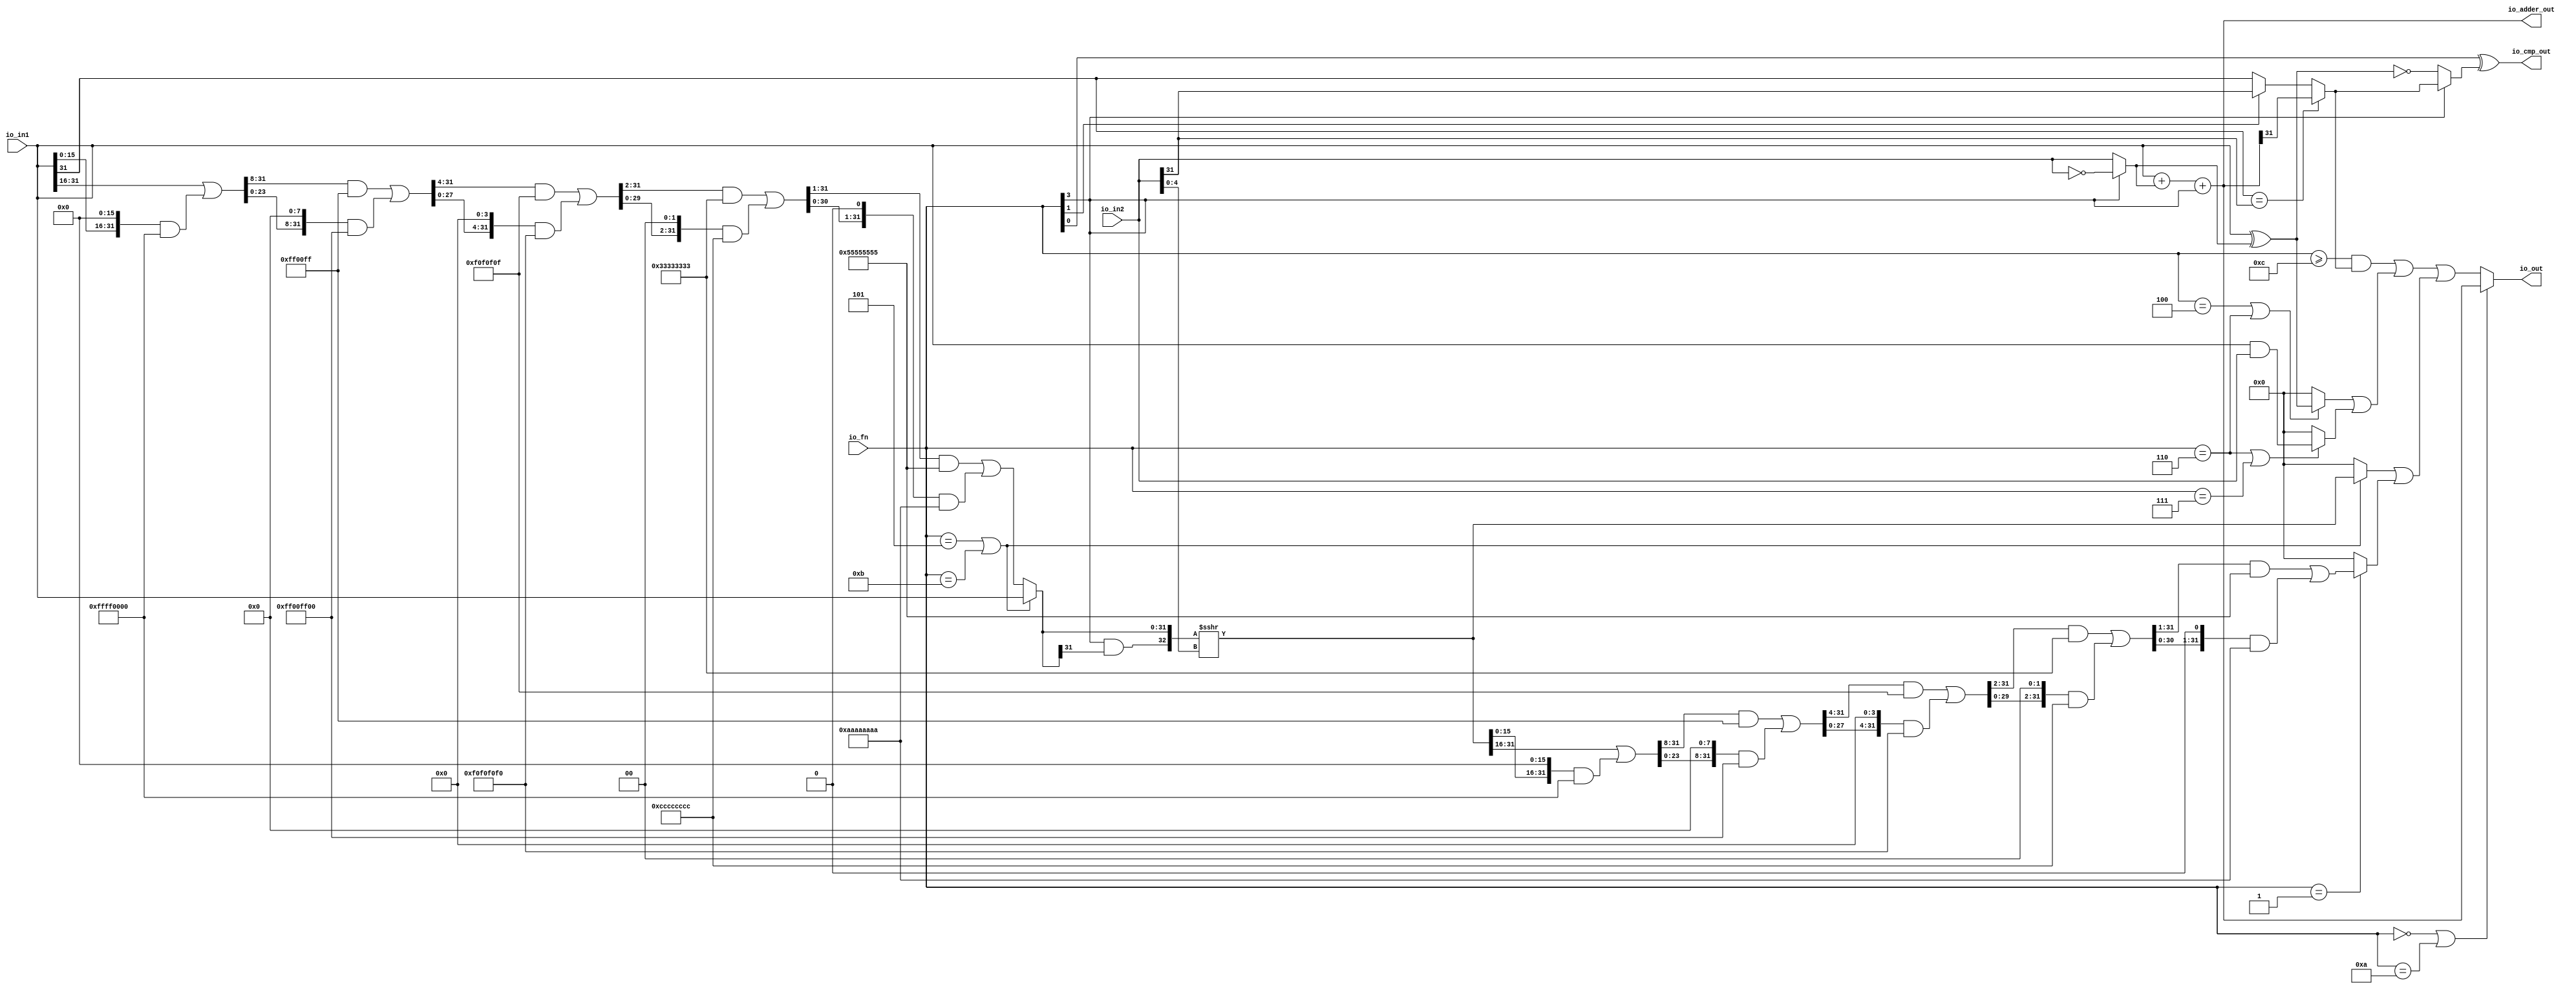
module ALU( // @[:freechips.rocketchip.system.TinyConfig.fir@123304.2]
  input  [3:0]  io_fn, // @[:freechips.rocketchip.system.TinyConfig.fir@123307.4]
  input  [31:0] io_in2, // @[:freechips.rocketchip.system.TinyConfig.fir@123307.4]
  input  [31:0] io_in1, // @[:freechips.rocketchip.system.TinyConfig.fir@123307.4]
  output [31:0] io_out, // @[:freechips.rocketchip.system.TinyConfig.fir@123307.4]
  output [31:0] io_adder_out, // @[:freechips.rocketchip.system.TinyConfig.fir@123307.4]
  output        io_cmp_out // @[:freechips.rocketchip.system.TinyConfig.fir@123307.4]
);
  wire  _T; // @[ALU.scala 40:29:freechips.rocketchip.system.TinyConfig.fir@123312.4]
  wire [31:0] _T_1; // @[ALU.scala 62:35:freechips.rocketchip.system.TinyConfig.fir@123313.4]
  wire [31:0] in2_inv; // @[ALU.scala 62:20:freechips.rocketchip.system.TinyConfig.fir@123314.4]
  wire [31:0] in1_xor_in2; // @[ALU.scala 63:28:freechips.rocketchip.system.TinyConfig.fir@123315.4]
  wire [31:0] _T_3; // @[ALU.scala 64:26:freechips.rocketchip.system.TinyConfig.fir@123317.4]
  wire [31:0] _GEN_0; // @[ALU.scala 64:36:freechips.rocketchip.system.TinyConfig.fir@123319.4]
  wire  _T_7; // @[ALU.scala 68:15:freechips.rocketchip.system.TinyConfig.fir@123322.4]
  wire  _T_8; // @[ALU.scala 68:34:freechips.rocketchip.system.TinyConfig.fir@123323.4]
  wire  _T_9; // @[ALU.scala 68:24:freechips.rocketchip.system.TinyConfig.fir@123324.4]
  wire  _T_10; // @[ALU.scala 68:56:freechips.rocketchip.system.TinyConfig.fir@123325.4]
  wire  _T_11; // @[ALU.scala 42:35:freechips.rocketchip.system.TinyConfig.fir@123326.4]
  wire  _T_14; // @[ALU.scala 69:8:freechips.rocketchip.system.TinyConfig.fir@123329.4]
  wire  slt; // @[ALU.scala 68:8:freechips.rocketchip.system.TinyConfig.fir@123330.4]
  wire  _T_15; // @[ALU.scala 43:35:freechips.rocketchip.system.TinyConfig.fir@123331.4]
  wire  _T_17; // @[ALU.scala 44:26:freechips.rocketchip.system.TinyConfig.fir@123333.4]
  wire  _T_18; // @[ALU.scala 70:68:freechips.rocketchip.system.TinyConfig.fir@123334.4]
  wire  _T_19; // @[ALU.scala 70:41:freechips.rocketchip.system.TinyConfig.fir@123335.4]
  wire [4:0] shamt; // @[ALU.scala 74:28:freechips.rocketchip.system.TinyConfig.fir@123338.4]
  wire  _T_21; // @[ALU.scala 82:24:freechips.rocketchip.system.TinyConfig.fir@123339.4]
  wire  _T_22; // @[ALU.scala 82:44:freechips.rocketchip.system.TinyConfig.fir@123340.4]
  wire  _T_23; // @[ALU.scala 82:35:freechips.rocketchip.system.TinyConfig.fir@123341.4]
  wire [15:0] _T_26; // @[Bitwise.scala 103:21:freechips.rocketchip.system.TinyConfig.fir@123344.4]
  wire [31:0] _T_27; // @[Bitwise.scala 103:31:freechips.rocketchip.system.TinyConfig.fir@123345.4]
  wire [15:0] _T_28; // @[Bitwise.scala 103:46:freechips.rocketchip.system.TinyConfig.fir@123346.4]
  wire [31:0] _T_29; // @[Bitwise.scala 103:65:freechips.rocketchip.system.TinyConfig.fir@123347.4]
  wire [31:0] _T_31; // @[Bitwise.scala 103:75:freechips.rocketchip.system.TinyConfig.fir@123349.4]
  wire [31:0] _T_32; // @[Bitwise.scala 103:39:freechips.rocketchip.system.TinyConfig.fir@123350.4]
  wire [23:0] _T_36; // @[Bitwise.scala 103:21:freechips.rocketchip.system.TinyConfig.fir@123354.4]
  wire [31:0] _GEN_1; // @[Bitwise.scala 103:31:freechips.rocketchip.system.TinyConfig.fir@123355.4]
  wire [31:0] _T_37; // @[Bitwise.scala 103:31:freechips.rocketchip.system.TinyConfig.fir@123355.4]
  wire [23:0] _T_38; // @[Bitwise.scala 103:46:freechips.rocketchip.system.TinyConfig.fir@123356.4]
  wire [31:0] _T_39; // @[Bitwise.scala 103:65:freechips.rocketchip.system.TinyConfig.fir@123357.4]
  wire [31:0] _T_41; // @[Bitwise.scala 103:75:freechips.rocketchip.system.TinyConfig.fir@123359.4]
  wire [31:0] _T_42; // @[Bitwise.scala 103:39:freechips.rocketchip.system.TinyConfig.fir@123360.4]
  wire [27:0] _T_46; // @[Bitwise.scala 103:21:freechips.rocketchip.system.TinyConfig.fir@123364.4]
  wire [31:0] _GEN_2; // @[Bitwise.scala 103:31:freechips.rocketchip.system.TinyConfig.fir@123365.4]
  wire [31:0] _T_47; // @[Bitwise.scala 103:31:freechips.rocketchip.system.TinyConfig.fir@123365.4]
  wire [27:0] _T_48; // @[Bitwise.scala 103:46:freechips.rocketchip.system.TinyConfig.fir@123366.4]
  wire [31:0] _T_49; // @[Bitwise.scala 103:65:freechips.rocketchip.system.TinyConfig.fir@123367.4]
  wire [31:0] _T_51; // @[Bitwise.scala 103:75:freechips.rocketchip.system.TinyConfig.fir@123369.4]
  wire [31:0] _T_52; // @[Bitwise.scala 103:39:freechips.rocketchip.system.TinyConfig.fir@123370.4]
  wire [29:0] _T_56; // @[Bitwise.scala 103:21:freechips.rocketchip.system.TinyConfig.fir@123374.4]
  wire [31:0] _GEN_3; // @[Bitwise.scala 103:31:freechips.rocketchip.system.TinyConfig.fir@123375.4]
  wire [31:0] _T_57; // @[Bitwise.scala 103:31:freechips.rocketchip.system.TinyConfig.fir@123375.4]
  wire [29:0] _T_58; // @[Bitwise.scala 103:46:freechips.rocketchip.system.TinyConfig.fir@123376.4]
  wire [31:0] _T_59; // @[Bitwise.scala 103:65:freechips.rocketchip.system.TinyConfig.fir@123377.4]
  wire [31:0] _T_61; // @[Bitwise.scala 103:75:freechips.rocketchip.system.TinyConfig.fir@123379.4]
  wire [31:0] _T_62; // @[Bitwise.scala 103:39:freechips.rocketchip.system.TinyConfig.fir@123380.4]
  wire [30:0] _T_66; // @[Bitwise.scala 103:21:freechips.rocketchip.system.TinyConfig.fir@123384.4]
  wire [31:0] _GEN_4; // @[Bitwise.scala 103:31:freechips.rocketchip.system.TinyConfig.fir@123385.4]
  wire [31:0] _T_67; // @[Bitwise.scala 103:31:freechips.rocketchip.system.TinyConfig.fir@123385.4]
  wire [30:0] _T_68; // @[Bitwise.scala 103:46:freechips.rocketchip.system.TinyConfig.fir@123386.4]
  wire [31:0] _T_69; // @[Bitwise.scala 103:65:freechips.rocketchip.system.TinyConfig.fir@123387.4]
  wire [31:0] _T_71; // @[Bitwise.scala 103:75:freechips.rocketchip.system.TinyConfig.fir@123389.4]
  wire [31:0] _T_72; // @[Bitwise.scala 103:39:freechips.rocketchip.system.TinyConfig.fir@123390.4]
  wire [31:0] shin; // @[ALU.scala 82:17:freechips.rocketchip.system.TinyConfig.fir@123391.4]
  wire  _T_74; // @[ALU.scala 83:41:freechips.rocketchip.system.TinyConfig.fir@123393.4]
  wire  _T_75; // @[ALU.scala 83:35:freechips.rocketchip.system.TinyConfig.fir@123394.4]
  wire [32:0] _T_76; // @[Cat.scala 30:58:freechips.rocketchip.system.TinyConfig.fir@123395.4]
  wire [32:0] _T_77; // @[ALU.scala 83:57:freechips.rocketchip.system.TinyConfig.fir@123396.4]
  wire [32:0] _T_78; // @[ALU.scala 83:64:freechips.rocketchip.system.TinyConfig.fir@123397.4]
  wire [31:0] shout_r; // @[ALU.scala 83:73:freechips.rocketchip.system.TinyConfig.fir@123398.4]
  wire [15:0] _T_81; // @[Bitwise.scala 103:21:freechips.rocketchip.system.TinyConfig.fir@123401.4]
  wire [31:0] _T_82; // @[Bitwise.scala 103:31:freechips.rocketchip.system.TinyConfig.fir@123402.4]
  wire [15:0] _T_83; // @[Bitwise.scala 103:46:freechips.rocketchip.system.TinyConfig.fir@123403.4]
  wire [31:0] _T_84; // @[Bitwise.scala 103:65:freechips.rocketchip.system.TinyConfig.fir@123404.4]
  wire [31:0] _T_86; // @[Bitwise.scala 103:75:freechips.rocketchip.system.TinyConfig.fir@123406.4]
  wire [31:0] _T_87; // @[Bitwise.scala 103:39:freechips.rocketchip.system.TinyConfig.fir@123407.4]
  wire [23:0] _T_91; // @[Bitwise.scala 103:21:freechips.rocketchip.system.TinyConfig.fir@123411.4]
  wire [31:0] _GEN_5; // @[Bitwise.scala 103:31:freechips.rocketchip.system.TinyConfig.fir@123412.4]
  wire [31:0] _T_92; // @[Bitwise.scala 103:31:freechips.rocketchip.system.TinyConfig.fir@123412.4]
  wire [23:0] _T_93; // @[Bitwise.scala 103:46:freechips.rocketchip.system.TinyConfig.fir@123413.4]
  wire [31:0] _T_94; // @[Bitwise.scala 103:65:freechips.rocketchip.system.TinyConfig.fir@123414.4]
  wire [31:0] _T_96; // @[Bitwise.scala 103:75:freechips.rocketchip.system.TinyConfig.fir@123416.4]
  wire [31:0] _T_97; // @[Bitwise.scala 103:39:freechips.rocketchip.system.TinyConfig.fir@123417.4]
  wire [27:0] _T_101; // @[Bitwise.scala 103:21:freechips.rocketchip.system.TinyConfig.fir@123421.4]
  wire [31:0] _GEN_6; // @[Bitwise.scala 103:31:freechips.rocketchip.system.TinyConfig.fir@123422.4]
  wire [31:0] _T_102; // @[Bitwise.scala 103:31:freechips.rocketchip.system.TinyConfig.fir@123422.4]
  wire [27:0] _T_103; // @[Bitwise.scala 103:46:freechips.rocketchip.system.TinyConfig.fir@123423.4]
  wire [31:0] _T_104; // @[Bitwise.scala 103:65:freechips.rocketchip.system.TinyConfig.fir@123424.4]
  wire [31:0] _T_106; // @[Bitwise.scala 103:75:freechips.rocketchip.system.TinyConfig.fir@123426.4]
  wire [31:0] _T_107; // @[Bitwise.scala 103:39:freechips.rocketchip.system.TinyConfig.fir@123427.4]
  wire [29:0] _T_111; // @[Bitwise.scala 103:21:freechips.rocketchip.system.TinyConfig.fir@123431.4]
  wire [31:0] _GEN_7; // @[Bitwise.scala 103:31:freechips.rocketchip.system.TinyConfig.fir@123432.4]
  wire [31:0] _T_112; // @[Bitwise.scala 103:31:freechips.rocketchip.system.TinyConfig.fir@123432.4]
  wire [29:0] _T_113; // @[Bitwise.scala 103:46:freechips.rocketchip.system.TinyConfig.fir@123433.4]
  wire [31:0] _T_114; // @[Bitwise.scala 103:65:freechips.rocketchip.system.TinyConfig.fir@123434.4]
  wire [31:0] _T_116; // @[Bitwise.scala 103:75:freechips.rocketchip.system.TinyConfig.fir@123436.4]
  wire [31:0] _T_117; // @[Bitwise.scala 103:39:freechips.rocketchip.system.TinyConfig.fir@123437.4]
  wire [30:0] _T_121; // @[Bitwise.scala 103:21:freechips.rocketchip.system.TinyConfig.fir@123441.4]
  wire [31:0] _GEN_8; // @[Bitwise.scala 103:31:freechips.rocketchip.system.TinyConfig.fir@123442.4]
  wire [31:0] _T_122; // @[Bitwise.scala 103:31:freechips.rocketchip.system.TinyConfig.fir@123442.4]
  wire [30:0] _T_123; // @[Bitwise.scala 103:46:freechips.rocketchip.system.TinyConfig.fir@123443.4]
  wire [31:0] _T_124; // @[Bitwise.scala 103:65:freechips.rocketchip.system.TinyConfig.fir@123444.4]
  wire [31:0] _T_126; // @[Bitwise.scala 103:75:freechips.rocketchip.system.TinyConfig.fir@123446.4]
  wire [31:0] shout_l; // @[Bitwise.scala 103:39:freechips.rocketchip.system.TinyConfig.fir@123447.4]
  wire [31:0] _T_130; // @[ALU.scala 85:18:freechips.rocketchip.system.TinyConfig.fir@123451.4]
  wire  _T_131; // @[ALU.scala 86:25:freechips.rocketchip.system.TinyConfig.fir@123452.4]
  wire [31:0] _T_132; // @[ALU.scala 86:18:freechips.rocketchip.system.TinyConfig.fir@123453.4]
  wire [31:0] shout; // @[ALU.scala 85:74:freechips.rocketchip.system.TinyConfig.fir@123454.4]
  wire  _T_133; // @[ALU.scala 89:25:freechips.rocketchip.system.TinyConfig.fir@123455.4]
  wire  _T_134; // @[ALU.scala 89:45:freechips.rocketchip.system.TinyConfig.fir@123456.4]
  wire  _T_135; // @[ALU.scala 89:36:freechips.rocketchip.system.TinyConfig.fir@123457.4]
  wire [31:0] _T_136; // @[ALU.scala 89:18:freechips.rocketchip.system.TinyConfig.fir@123458.4]
  wire  _T_138; // @[ALU.scala 90:44:freechips.rocketchip.system.TinyConfig.fir@123460.4]
  wire  _T_139; // @[ALU.scala 90:35:freechips.rocketchip.system.TinyConfig.fir@123461.4]
  wire [31:0] _T_140; // @[ALU.scala 90:63:freechips.rocketchip.system.TinyConfig.fir@123462.4]
  wire [31:0] _T_141; // @[ALU.scala 90:18:freechips.rocketchip.system.TinyConfig.fir@123463.4]
  wire [31:0] logic_; // @[ALU.scala 89:78:freechips.rocketchip.system.TinyConfig.fir@123464.4]
  wire  _T_142; // @[ALU.scala 41:30:freechips.rocketchip.system.TinyConfig.fir@123465.4]
  wire  _T_143; // @[ALU.scala 91:35:freechips.rocketchip.system.TinyConfig.fir@123466.4]
  wire [31:0] _GEN_9; // @[ALU.scala 91:43:freechips.rocketchip.system.TinyConfig.fir@123467.4]
  wire [31:0] _T_144; // @[ALU.scala 91:43:freechips.rocketchip.system.TinyConfig.fir@123467.4]
  wire [31:0] shift_logic; // @[ALU.scala 91:51:freechips.rocketchip.system.TinyConfig.fir@123468.4]
  wire  _T_145; // @[ALU.scala 92:23:freechips.rocketchip.system.TinyConfig.fir@123469.4]
  wire  _T_146; // @[ALU.scala 92:43:freechips.rocketchip.system.TinyConfig.fir@123470.4]
  wire  _T_147; // @[ALU.scala 92:34:freechips.rocketchip.system.TinyConfig.fir@123471.4]
  assign _T = io_fn[3]; // @[ALU.scala 40:29:freechips.rocketchip.system.TinyConfig.fir@123312.4]
  assign _T_1 = ~ io_in2; // @[ALU.scala 62:35:freechips.rocketchip.system.TinyConfig.fir@123313.4]
  assign in2_inv = _T ? _T_1 : io_in2; // @[ALU.scala 62:20:freechips.rocketchip.system.TinyConfig.fir@123314.4]
  assign in1_xor_in2 = io_in1 ^ in2_inv; // @[ALU.scala 63:28:freechips.rocketchip.system.TinyConfig.fir@123315.4]
  assign _T_3 = io_in1 + in2_inv; // @[ALU.scala 64:26:freechips.rocketchip.system.TinyConfig.fir@123317.4]
  assign _GEN_0 = {{31'd0}, _T}; // @[ALU.scala 64:36:freechips.rocketchip.system.TinyConfig.fir@123319.4]
  assign _T_7 = io_in1[31]; // @[ALU.scala 68:15:freechips.rocketchip.system.TinyConfig.fir@123322.4]
  assign _T_8 = io_in2[31]; // @[ALU.scala 68:34:freechips.rocketchip.system.TinyConfig.fir@123323.4]
  assign _T_9 = _T_7 == _T_8; // @[ALU.scala 68:24:freechips.rocketchip.system.TinyConfig.fir@123324.4]
  assign _T_10 = io_adder_out[31]; // @[ALU.scala 68:56:freechips.rocketchip.system.TinyConfig.fir@123325.4]
  assign _T_11 = io_fn[1]; // @[ALU.scala 42:35:freechips.rocketchip.system.TinyConfig.fir@123326.4]
  assign _T_14 = _T_11 ? _T_8 : _T_7; // @[ALU.scala 69:8:freechips.rocketchip.system.TinyConfig.fir@123329.4]
  assign slt = _T_9 ? _T_10 : _T_14; // @[ALU.scala 68:8:freechips.rocketchip.system.TinyConfig.fir@123330.4]
  assign _T_15 = io_fn[0]; // @[ALU.scala 43:35:freechips.rocketchip.system.TinyConfig.fir@123331.4]
  assign _T_17 = _T == 1'h0; // @[ALU.scala 44:26:freechips.rocketchip.system.TinyConfig.fir@123333.4]
  assign _T_18 = in1_xor_in2 == 32'h0; // @[ALU.scala 70:68:freechips.rocketchip.system.TinyConfig.fir@123334.4]
  assign _T_19 = _T_17 ? _T_18 : slt; // @[ALU.scala 70:41:freechips.rocketchip.system.TinyConfig.fir@123335.4]
  assign shamt = io_in2[4:0]; // @[ALU.scala 74:28:freechips.rocketchip.system.TinyConfig.fir@123338.4]
  assign _T_21 = io_fn == 4'h5; // @[ALU.scala 82:24:freechips.rocketchip.system.TinyConfig.fir@123339.4]
  assign _T_22 = io_fn == 4'hb; // @[ALU.scala 82:44:freechips.rocketchip.system.TinyConfig.fir@123340.4]
  assign _T_23 = _T_21 | _T_22; // @[ALU.scala 82:35:freechips.rocketchip.system.TinyConfig.fir@123341.4]
  assign _T_26 = io_in1[31:16]; // @[Bitwise.scala 103:21:freechips.rocketchip.system.TinyConfig.fir@123344.4]
  assign _T_27 = {{16'd0}, _T_26}; // @[Bitwise.scala 103:31:freechips.rocketchip.system.TinyConfig.fir@123345.4]
  assign _T_28 = io_in1[15:0]; // @[Bitwise.scala 103:46:freechips.rocketchip.system.TinyConfig.fir@123346.4]
  assign _T_29 = {_T_28, 16'h0}; // @[Bitwise.scala 103:65:freechips.rocketchip.system.TinyConfig.fir@123347.4]
  assign _T_31 = _T_29 & 32'hffff0000; // @[Bitwise.scala 103:75:freechips.rocketchip.system.TinyConfig.fir@123349.4]
  assign _T_32 = _T_27 | _T_31; // @[Bitwise.scala 103:39:freechips.rocketchip.system.TinyConfig.fir@123350.4]
  assign _T_36 = _T_32[31:8]; // @[Bitwise.scala 103:21:freechips.rocketchip.system.TinyConfig.fir@123354.4]
  assign _GEN_1 = {{8'd0}, _T_36}; // @[Bitwise.scala 103:31:freechips.rocketchip.system.TinyConfig.fir@123355.4]
  assign _T_37 = _GEN_1 & 32'hff00ff; // @[Bitwise.scala 103:31:freechips.rocketchip.system.TinyConfig.fir@123355.4]
  assign _T_38 = _T_32[23:0]; // @[Bitwise.scala 103:46:freechips.rocketchip.system.TinyConfig.fir@123356.4]
  assign _T_39 = {_T_38, 8'h0}; // @[Bitwise.scala 103:65:freechips.rocketchip.system.TinyConfig.fir@123357.4]
  assign _T_41 = _T_39 & 32'hff00ff00; // @[Bitwise.scala 103:75:freechips.rocketchip.system.TinyConfig.fir@123359.4]
  assign _T_42 = _T_37 | _T_41; // @[Bitwise.scala 103:39:freechips.rocketchip.system.TinyConfig.fir@123360.4]
  assign _T_46 = _T_42[31:4]; // @[Bitwise.scala 103:21:freechips.rocketchip.system.TinyConfig.fir@123364.4]
  assign _GEN_2 = {{4'd0}, _T_46}; // @[Bitwise.scala 103:31:freechips.rocketchip.system.TinyConfig.fir@123365.4]
  assign _T_47 = _GEN_2 & 32'hf0f0f0f; // @[Bitwise.scala 103:31:freechips.rocketchip.system.TinyConfig.fir@123365.4]
  assign _T_48 = _T_42[27:0]; // @[Bitwise.scala 103:46:freechips.rocketchip.system.TinyConfig.fir@123366.4]
  assign _T_49 = {_T_48, 4'h0}; // @[Bitwise.scala 103:65:freechips.rocketchip.system.TinyConfig.fir@123367.4]
  assign _T_51 = _T_49 & 32'hf0f0f0f0; // @[Bitwise.scala 103:75:freechips.rocketchip.system.TinyConfig.fir@123369.4]
  assign _T_52 = _T_47 | _T_51; // @[Bitwise.scala 103:39:freechips.rocketchip.system.TinyConfig.fir@123370.4]
  assign _T_56 = _T_52[31:2]; // @[Bitwise.scala 103:21:freechips.rocketchip.system.TinyConfig.fir@123374.4]
  assign _GEN_3 = {{2'd0}, _T_56}; // @[Bitwise.scala 103:31:freechips.rocketchip.system.TinyConfig.fir@123375.4]
  assign _T_57 = _GEN_3 & 32'h33333333; // @[Bitwise.scala 103:31:freechips.rocketchip.system.TinyConfig.fir@123375.4]
  assign _T_58 = _T_52[29:0]; // @[Bitwise.scala 103:46:freechips.rocketchip.system.TinyConfig.fir@123376.4]
  assign _T_59 = {_T_58, 2'h0}; // @[Bitwise.scala 103:65:freechips.rocketchip.system.TinyConfig.fir@123377.4]
  assign _T_61 = _T_59 & 32'hcccccccc; // @[Bitwise.scala 103:75:freechips.rocketchip.system.TinyConfig.fir@123379.4]
  assign _T_62 = _T_57 | _T_61; // @[Bitwise.scala 103:39:freechips.rocketchip.system.TinyConfig.fir@123380.4]
  assign _T_66 = _T_62[31:1]; // @[Bitwise.scala 103:21:freechips.rocketchip.system.TinyConfig.fir@123384.4]
  assign _GEN_4 = {{1'd0}, _T_66}; // @[Bitwise.scala 103:31:freechips.rocketchip.system.TinyConfig.fir@123385.4]
  assign _T_67 = _GEN_4 & 32'h55555555; // @[Bitwise.scala 103:31:freechips.rocketchip.system.TinyConfig.fir@123385.4]
  assign _T_68 = _T_62[30:0]; // @[Bitwise.scala 103:46:freechips.rocketchip.system.TinyConfig.fir@123386.4]
  assign _T_69 = {_T_68, 1'h0}; // @[Bitwise.scala 103:65:freechips.rocketchip.system.TinyConfig.fir@123387.4]
  assign _T_71 = _T_69 & 32'haaaaaaaa; // @[Bitwise.scala 103:75:freechips.rocketchip.system.TinyConfig.fir@123389.4]
  assign _T_72 = _T_67 | _T_71; // @[Bitwise.scala 103:39:freechips.rocketchip.system.TinyConfig.fir@123390.4]
  assign shin = _T_23 ? io_in1 : _T_72; // @[ALU.scala 82:17:freechips.rocketchip.system.TinyConfig.fir@123391.4]
  assign _T_74 = shin[31]; // @[ALU.scala 83:41:freechips.rocketchip.system.TinyConfig.fir@123393.4]
  assign _T_75 = _T & _T_74; // @[ALU.scala 83:35:freechips.rocketchip.system.TinyConfig.fir@123394.4]
  assign _T_76 = {_T_75,shin}; // @[Cat.scala 30:58:freechips.rocketchip.system.TinyConfig.fir@123395.4]
  assign _T_77 = $signed(_T_76); // @[ALU.scala 83:57:freechips.rocketchip.system.TinyConfig.fir@123396.4]
  assign _T_78 = $signed(_T_77) >>> shamt; // @[ALU.scala 83:64:freechips.rocketchip.system.TinyConfig.fir@123397.4]
  assign shout_r = _T_78[31:0]; // @[ALU.scala 83:73:freechips.rocketchip.system.TinyConfig.fir@123398.4]
  assign _T_81 = shout_r[31:16]; // @[Bitwise.scala 103:21:freechips.rocketchip.system.TinyConfig.fir@123401.4]
  assign _T_82 = {{16'd0}, _T_81}; // @[Bitwise.scala 103:31:freechips.rocketchip.system.TinyConfig.fir@123402.4]
  assign _T_83 = shout_r[15:0]; // @[Bitwise.scala 103:46:freechips.rocketchip.system.TinyConfig.fir@123403.4]
  assign _T_84 = {_T_83, 16'h0}; // @[Bitwise.scala 103:65:freechips.rocketchip.system.TinyConfig.fir@123404.4]
  assign _T_86 = _T_84 & 32'hffff0000; // @[Bitwise.scala 103:75:freechips.rocketchip.system.TinyConfig.fir@123406.4]
  assign _T_87 = _T_82 | _T_86; // @[Bitwise.scala 103:39:freechips.rocketchip.system.TinyConfig.fir@123407.4]
  assign _T_91 = _T_87[31:8]; // @[Bitwise.scala 103:21:freechips.rocketchip.system.TinyConfig.fir@123411.4]
  assign _GEN_5 = {{8'd0}, _T_91}; // @[Bitwise.scala 103:31:freechips.rocketchip.system.TinyConfig.fir@123412.4]
  assign _T_92 = _GEN_5 & 32'hff00ff; // @[Bitwise.scala 103:31:freechips.rocketchip.system.TinyConfig.fir@123412.4]
  assign _T_93 = _T_87[23:0]; // @[Bitwise.scala 103:46:freechips.rocketchip.system.TinyConfig.fir@123413.4]
  assign _T_94 = {_T_93, 8'h0}; // @[Bitwise.scala 103:65:freechips.rocketchip.system.TinyConfig.fir@123414.4]
  assign _T_96 = _T_94 & 32'hff00ff00; // @[Bitwise.scala 103:75:freechips.rocketchip.system.TinyConfig.fir@123416.4]
  assign _T_97 = _T_92 | _T_96; // @[Bitwise.scala 103:39:freechips.rocketchip.system.TinyConfig.fir@123417.4]
  assign _T_101 = _T_97[31:4]; // @[Bitwise.scala 103:21:freechips.rocketchip.system.TinyConfig.fir@123421.4]
  assign _GEN_6 = {{4'd0}, _T_101}; // @[Bitwise.scala 103:31:freechips.rocketchip.system.TinyConfig.fir@123422.4]
  assign _T_102 = _GEN_6 & 32'hf0f0f0f; // @[Bitwise.scala 103:31:freechips.rocketchip.system.TinyConfig.fir@123422.4]
  assign _T_103 = _T_97[27:0]; // @[Bitwise.scala 103:46:freechips.rocketchip.system.TinyConfig.fir@123423.4]
  assign _T_104 = {_T_103, 4'h0}; // @[Bitwise.scala 103:65:freechips.rocketchip.system.TinyConfig.fir@123424.4]
  assign _T_106 = _T_104 & 32'hf0f0f0f0; // @[Bitwise.scala 103:75:freechips.rocketchip.system.TinyConfig.fir@123426.4]
  assign _T_107 = _T_102 | _T_106; // @[Bitwise.scala 103:39:freechips.rocketchip.system.TinyConfig.fir@123427.4]
  assign _T_111 = _T_107[31:2]; // @[Bitwise.scala 103:21:freechips.rocketchip.system.TinyConfig.fir@123431.4]
  assign _GEN_7 = {{2'd0}, _T_111}; // @[Bitwise.scala 103:31:freechips.rocketchip.system.TinyConfig.fir@123432.4]
  assign _T_112 = _GEN_7 & 32'h33333333; // @[Bitwise.scala 103:31:freechips.rocketchip.system.TinyConfig.fir@123432.4]
  assign _T_113 = _T_107[29:0]; // @[Bitwise.scala 103:46:freechips.rocketchip.system.TinyConfig.fir@123433.4]
  assign _T_114 = {_T_113, 2'h0}; // @[Bitwise.scala 103:65:freechips.rocketchip.system.TinyConfig.fir@123434.4]
  assign _T_116 = _T_114 & 32'hcccccccc; // @[Bitwise.scala 103:75:freechips.rocketchip.system.TinyConfig.fir@123436.4]
  assign _T_117 = _T_112 | _T_116; // @[Bitwise.scala 103:39:freechips.rocketchip.system.TinyConfig.fir@123437.4]
  assign _T_121 = _T_117[31:1]; // @[Bitwise.scala 103:21:freechips.rocketchip.system.TinyConfig.fir@123441.4]
  assign _GEN_8 = {{1'd0}, _T_121}; // @[Bitwise.scala 103:31:freechips.rocketchip.system.TinyConfig.fir@123442.4]
  assign _T_122 = _GEN_8 & 32'h55555555; // @[Bitwise.scala 103:31:freechips.rocketchip.system.TinyConfig.fir@123442.4]
  assign _T_123 = _T_117[30:0]; // @[Bitwise.scala 103:46:freechips.rocketchip.system.TinyConfig.fir@123443.4]
  assign _T_124 = {_T_123, 1'h0}; // @[Bitwise.scala 103:65:freechips.rocketchip.system.TinyConfig.fir@123444.4]
  assign _T_126 = _T_124 & 32'haaaaaaaa; // @[Bitwise.scala 103:75:freechips.rocketchip.system.TinyConfig.fir@123446.4]
  assign shout_l = _T_122 | _T_126; // @[Bitwise.scala 103:39:freechips.rocketchip.system.TinyConfig.fir@123447.4]
  assign _T_130 = _T_23 ? shout_r : 32'h0; // @[ALU.scala 85:18:freechips.rocketchip.system.TinyConfig.fir@123451.4]
  assign _T_131 = io_fn == 4'h1; // @[ALU.scala 86:25:freechips.rocketchip.system.TinyConfig.fir@123452.4]
  assign _T_132 = _T_131 ? shout_l : 32'h0; // @[ALU.scala 86:18:freechips.rocketchip.system.TinyConfig.fir@123453.4]
  assign shout = _T_130 | _T_132; // @[ALU.scala 85:74:freechips.rocketchip.system.TinyConfig.fir@123454.4]
  assign _T_133 = io_fn == 4'h4; // @[ALU.scala 89:25:freechips.rocketchip.system.TinyConfig.fir@123455.4]
  assign _T_134 = io_fn == 4'h6; // @[ALU.scala 89:45:freechips.rocketchip.system.TinyConfig.fir@123456.4]
  assign _T_135 = _T_133 | _T_134; // @[ALU.scala 89:36:freechips.rocketchip.system.TinyConfig.fir@123457.4]
  assign _T_136 = _T_135 ? in1_xor_in2 : 32'h0; // @[ALU.scala 89:18:freechips.rocketchip.system.TinyConfig.fir@123458.4]
  assign _T_138 = io_fn == 4'h7; // @[ALU.scala 90:44:freechips.rocketchip.system.TinyConfig.fir@123460.4]
  assign _T_139 = _T_134 | _T_138; // @[ALU.scala 90:35:freechips.rocketchip.system.TinyConfig.fir@123461.4]
  assign _T_140 = io_in1 & io_in2; // @[ALU.scala 90:63:freechips.rocketchip.system.TinyConfig.fir@123462.4]
  assign _T_141 = _T_139 ? _T_140 : 32'h0; // @[ALU.scala 90:18:freechips.rocketchip.system.TinyConfig.fir@123463.4]
  assign logic_ = _T_136 | _T_141; // @[ALU.scala 89:78:freechips.rocketchip.system.TinyConfig.fir@123464.4]
  assign _T_142 = io_fn >= 4'hc; // @[ALU.scala 41:30:freechips.rocketchip.system.TinyConfig.fir@123465.4]
  assign _T_143 = _T_142 & slt; // @[ALU.scala 91:35:freechips.rocketchip.system.TinyConfig.fir@123466.4]
  assign _GEN_9 = {{31'd0}, _T_143}; // @[ALU.scala 91:43:freechips.rocketchip.system.TinyConfig.fir@123467.4]
  assign _T_144 = _GEN_9 | logic_; // @[ALU.scala 91:43:freechips.rocketchip.system.TinyConfig.fir@123467.4]
  assign shift_logic = _T_144 | shout; // @[ALU.scala 91:51:freechips.rocketchip.system.TinyConfig.fir@123468.4]
  assign _T_145 = io_fn == 4'h0; // @[ALU.scala 92:23:freechips.rocketchip.system.TinyConfig.fir@123469.4]
  assign _T_146 = io_fn == 4'ha; // @[ALU.scala 92:43:freechips.rocketchip.system.TinyConfig.fir@123470.4]
  assign _T_147 = _T_145 | _T_146; // @[ALU.scala 92:34:freechips.rocketchip.system.TinyConfig.fir@123471.4]
  assign io_out = _T_147 ? io_adder_out : shift_logic; // @[ALU.scala 94:10:freechips.rocketchip.system.TinyConfig.fir@123473.4]
  assign io_adder_out = _T_3 + _GEN_0; // @[ALU.scala 64:16:freechips.rocketchip.system.TinyConfig.fir@123321.4]
  assign io_cmp_out = _T_15 ^ _T_19; // @[ALU.scala 70:14:freechips.rocketchip.system.TinyConfig.fir@123337.4]
endmodule